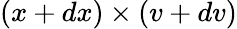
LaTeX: (x+dx)\times(v+dv)